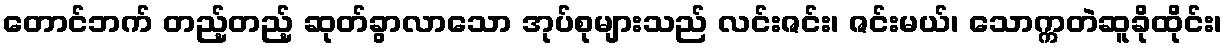
တောင်ဘက် တည့်တည့် ဆုတ်ခွာလာသော အုပ်စုများသည် လင်းဇင်း၊ ဇင်းမယ်၊ သောက္ကတဲဆူခိုထိုင်း၊